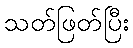
သတ်ဖြတ်ပြီး